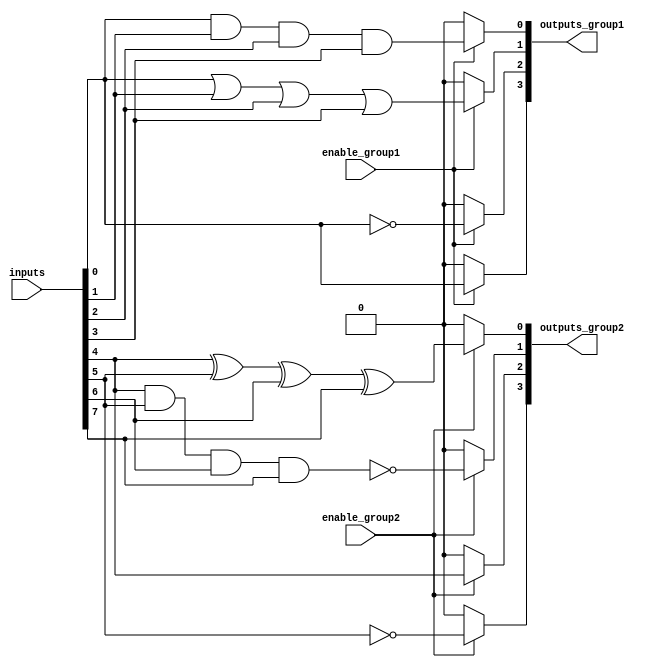
module AdjacencyGroups (
    input wire [7:0]  inputs,        // 8 binary input signals
    input wire        enable_group1, // Control signal for group 1
    input wire        enable_group2, // Control signal for group 2
    output wire [3:0] outputs_group1, // Outputs for group 1
    output wire [3:0] outputs_group2  // Outputs for group 2
);

    // Group 1: Process inputs[0:3]
    // Example logic: AND, OR, NOT
    wire and_group1;
    wire or_group1;
    wire not_group1_0;

    assign and_group1 = inputs[0] & inputs[1] & inputs[2] & inputs[3];
    assign or_group1  = inputs[0] | inputs[1] | inputs[2] | inputs[3];
    assign not_group1_0 = ~inputs[0];

    // Conditional outputs for group 1 based on enable signal
    assign outputs_group1[0] = enable_group1 ? and_group1 : 1'b0;
    assign outputs_group1[1] = enable_group1 ? or_group1 : 1'b0;
    assign outputs_group1[2] = enable_group1 ? not_group1_0 : 1'b0;
    assign outputs_group1[3] = enable_group1 ? inputs[0] : 1'b0; // Pass-through as an example

    // Group 2: Process inputs[4:7]
    // Example logic: XOR, NAND
    wire xor_group2;
    wire nand_group2;

    assign xor_group2  = inputs[4] ^ inputs[5] ^ inputs[6] ^ inputs[7];
    assign nand_group2 = ~(inputs[4] & inputs[5] & inputs[6] & inputs[7]);

    // Conditional outputs for group 2 based on enable signal
    assign outputs_group2[0] = enable_group2 ? xor_group2 : 1'b0;
    assign outputs_group2[1] = enable_group2 ? nand_group2 : 1'b0;
    assign outputs_group2[2] = enable_group2 ? inputs[4] : 1'b0; // Pass-through as an example
    assign outputs_group2[3] = enable_group2 ? ~inputs[5] : 1'b0; // Inverted input as an example

endmodule